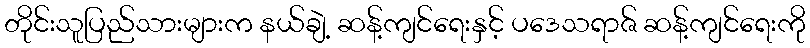
တိုင်းသူပြည်သားများက နယ်ချဲ့ ဆန့်ကျင်ရေးနှင့် ပဒေသရာဇ် ဆန့်ကျင်ရေးကို